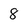
Character: 8